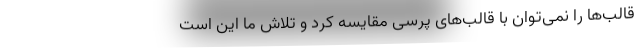
قالب‌ها را نمی‌توان با قالب‌های پرسی مقایسه کرد و تلاش ما این است